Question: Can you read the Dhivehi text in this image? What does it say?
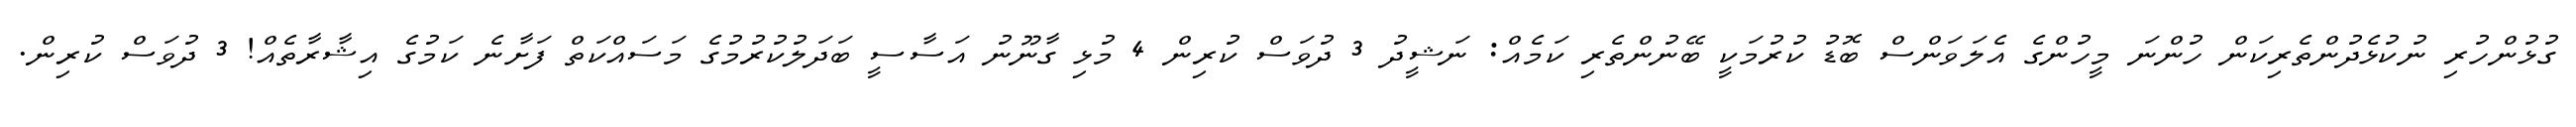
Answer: ގުޅުންހުރި ނުކުޅެދުންތެރިކަން ހުންނަ މީހުންގެ އެލަވަންސް ބޮޑު ކުރުމަކީ ބޭނުންތެރި ކަމެއް: ނަޝީދު 3 ދުވަސް ކުރިން 4 މުޅި ގާނޫނު އަސާސީ ބަދަލުކުރުމުގެ މަސައްކަތް ފަށާނެ ކަމުގެ އިޝާރާތެއް! 3 ދުވަސް ކުރިން.